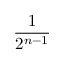
\frac { 1 } { 2 ^ { n - 1 } }